Indian journal of veterinary science and animal husbandry - Volumes 24-25, 1954-1955
Year: 1954
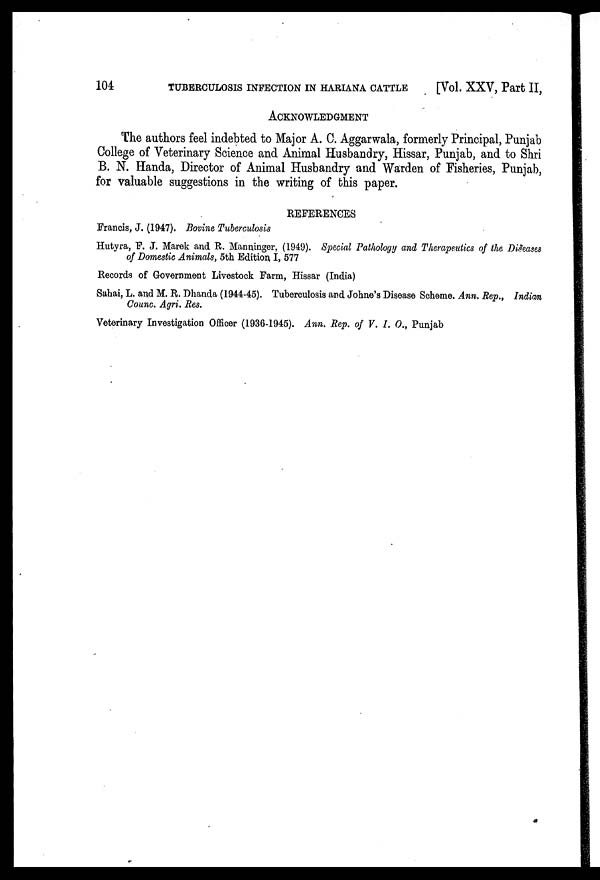
104
TUBERCULOSIS INFECTION IN HARIANA CATTLE
[Vol. XXV, Part II,
ACKNOWLEDGMENT
The authors feel indebted to Major A. C. Aggarwala, formerly Principal, Punjab
College of Veterinary Science and Animal Husbandry, Hissar, Punjab, and to Shri
B. N. Handa, Director of Animal Husbandry and Warden of Fisheries, Punjab,
for valuable suggestions in the writing of this paper.
REFERENCES
Francis, J. (1947). Bovine Tuberculosis
Hutyra, F. J. Marek and R. Manninger, (1949). Special Pathology and Therapeutics of the Diseases
of Domestic Animals, 5th Edition, I, 577
Records of Government Livestock Farm, Hissar (India)
Sahai, L. and M. R. Dhanda (1944-45). Tuberculosis and Johne's Disease Scheme. Ann. Rep., Indian
Counc. Agri. Res.
Veterinary Investigation Officer (1936-1945). Ann. Rep. of V. I. O., Punjab